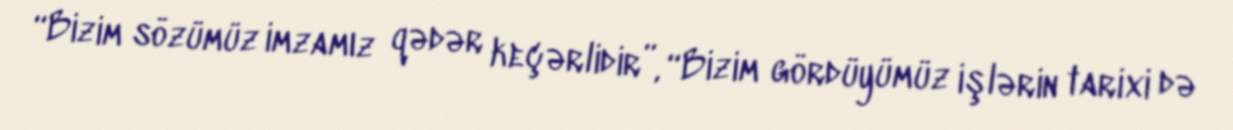
“Bizim sözümüz imzamız qədər keçərlidir”, “Bizim gördüyümüz işlərin tarixi də